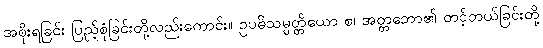
အစိုးရခြင်း ပြည့်စုံခြင်းတို့လည်းကောင်း။ ဥပဓိသမ္ပတ္တိယော စ၊ အတ္တဘော၏ တင့်တယ်ခြင်းတို့